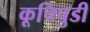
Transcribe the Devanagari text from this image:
कूचिपुडी